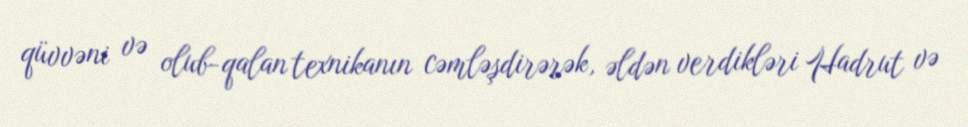
qüvvəni və olub-qalan texnikanın cəmləşdirərək, əldən verdikləri Hadrut və